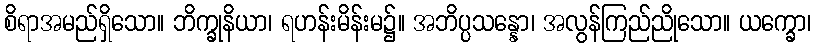
စိရာအမည်ရှိသော။ ဘိက္ခုနိယာ၊ ရဟန်းမိန်းမ၌။ အဘိပ္ပသန္နော၊ အလွန်ကြည်ညိုသော။ ယက္ခော၊